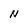
Character: N